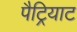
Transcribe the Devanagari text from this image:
पैट्रियाट